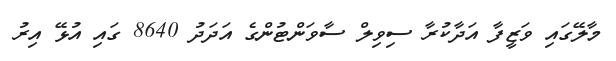
މާލޭގައި ވަޒީފާ އަދާކުރާ ސިވިލް ސާވަންޓުންގެ އަދަދު 8640 ގައި އުޅޭ އިރު